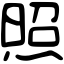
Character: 照